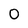
Character: 0